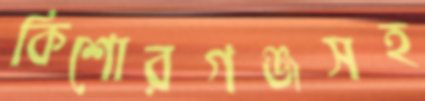
কিশোরগঞ্জসহ